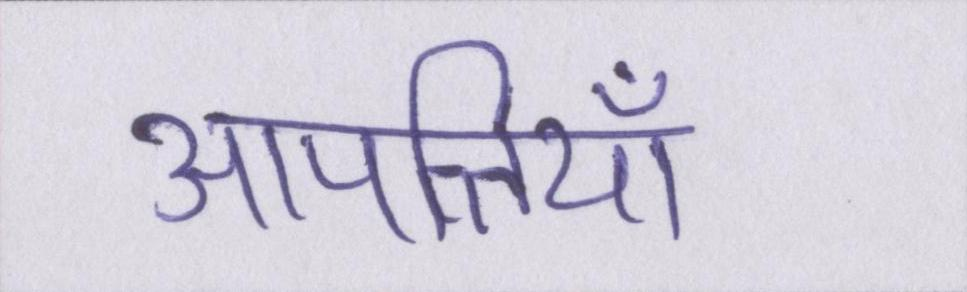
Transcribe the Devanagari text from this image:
आपत्तियाँ